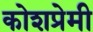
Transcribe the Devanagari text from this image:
कोशप्रेमी